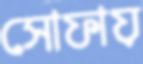
সোফায়